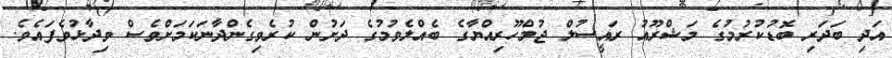
އަދި ބަދަރި ބޮޑުކުރުމުގެ މަޝްރޫއު ރައީސުލް ޖުމްހޫރިއްޔާގެ ބެއްލެވުމުގެ ދަށުން ކުރެވިގެންދާނަކަމަށްވެސް ވިދާޅުވެފައެވެ.